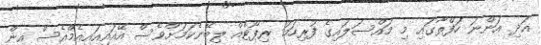
އަދި އަންނަ ހަފްތާގައި މި މައްސަލައިގެ ފުރިހަމަ ރިޕޯޓެއް ލިބޭނެކަމަށްވެސް އޭއައިއައިއެމްއެސް އިން